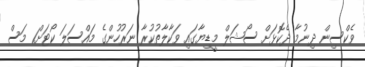
ވެކްސިން ދިނުމާ ދެކޮޅަށް ސޯޝަލް މީޑިޔާގައި ވަކާލާތުކުރާ ނަރުހުންގެ މައްސަލަ ކޯޓަށް1 މަސް